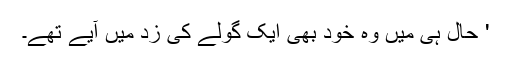
' حال ہی میں وہ خود بھی ایک گولے کی زد میں آیے تھے۔